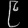
Digit: ၉